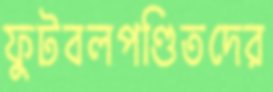
ফুটবলপণ্ডিতদের